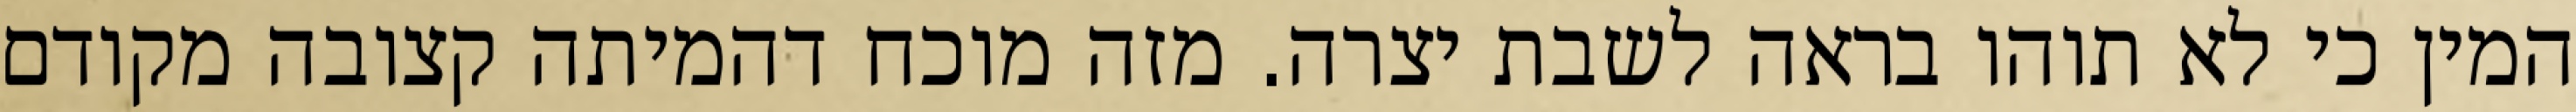
המין כי לא תוהו בראה לשבת יצרה. מזה מוכח דהמיתה קצובה מקודם